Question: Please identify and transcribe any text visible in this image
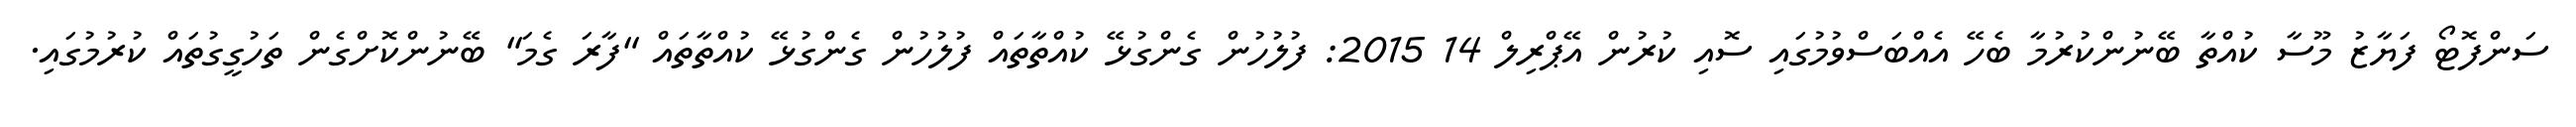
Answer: ސަންފޮޓޯ ފަޔާޒު މޫސާ ކުއްތާ ބޭނުންކުރުމާ ބެހޭ އެއްބަސްވުމުގައި ސޮއި ކުރުން އޭޕްރިލް 14 2015: ފުލުހުން ގެންގުޅޭ ކުއްތާތައް ފުލުހުން ގެންގުޅޭ ކުއްތާތައް "ފާރަ ގެމަ" ބޭނުންކޮށްގެން ތަހުގީގުތައް ކުރުމުގައި.